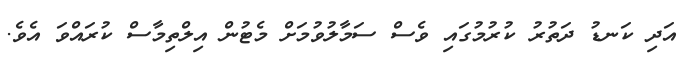
އަދި ކަނޑު ދަތުރު ކުރުމުގައި ވެސް ސަމާލުވުމަށް މެޓުން އިލްތިމާސް ކުރައްވަ އެވެ.